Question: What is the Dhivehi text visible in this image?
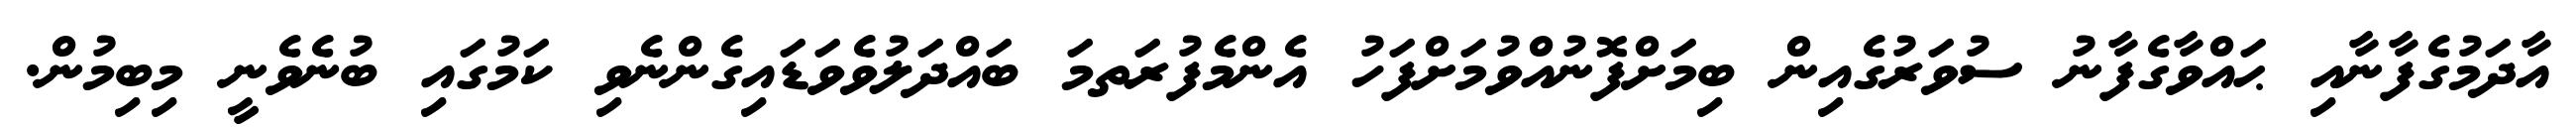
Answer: އާދަމުގެފާނާއި ޙައްވާގެފާނު ސުވަރުގެއިން ބިމަށްފޮނުއްވުމަށްފަހު އެންމެފުރަތމަ ބައްދަލުވެވަޑައިގެންނެވި ކަމުގައި ބުނެވެނީ މިބިމުން.